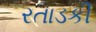
રતાડકી